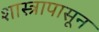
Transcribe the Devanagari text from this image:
शास्त्रापासून